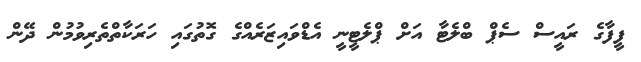
ފީފާގެ ރައީސް ސެޕް ބްލެޓާ އަށް ޕްލެޓީނީ އެޑްވައިޒަރެއްގެ ގޮތުގައި ހަރަކާތްތެރިވުމުން ދޭން